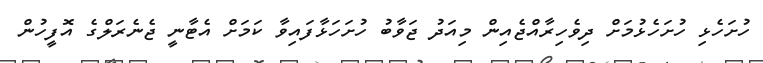
ހުށަހެޅި ހުށަހެޅުމަށް ދިވެހިރާއްޖެއިން މިއަދު ޖަވާބު ހުށަހަޅާފައިވާ ކަމަށް އެޓާނީ ޖެނެރަލްގެ އޮފީހުން